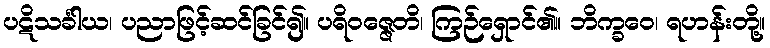
ပဋိသင်္ခါယ၊ ပညာဖြင့်ဆင်ခြင်၍။ ပရိဝဇ္ဇေတိ၊ ကြဉ်ရှောင်၏။ ဘိက္ခဝေ၊ ရဟန်းတို့။